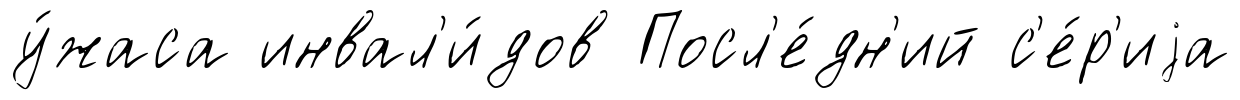
у́жаса инвал'и́дов Посл'е́дн'ий с'е́р'иjа